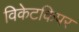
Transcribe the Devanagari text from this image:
विकेटकिपर